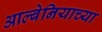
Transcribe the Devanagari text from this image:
आल्बेनियाच्या